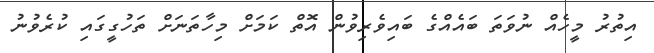
އިތުރު މީހެެއް ނުވަތަ ބައެއްގެ ބައިވެރިވުން އޮތް ކަމަށް މިހާތަނަށް ތަހުގީގައި ކުރެވުނު